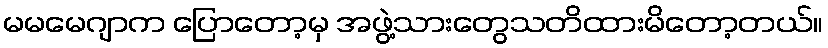
မမမေဂျာက ပြောတော့မှ အဖွဲ့သားတွေသတိထားမိတော့တယ်။